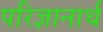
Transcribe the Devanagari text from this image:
परिज्ञानार्थ